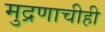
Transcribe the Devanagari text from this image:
मुद्रणाचीही